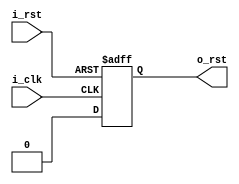
`timescale 1ns / 1ps
`default_nettype none



module async_reset(
    input  wire i_clk,      // clock
    input  wire i_rst,      // reset (active high)
    output reg  o_rst       // output reset
    );
   

    (* ASYNC_REG = "TRUE" *) reg [1:0] rst_shf;  // reset shift reg

    initial o_rst = 1'b1;       // start off with reset asserted
    initial rst_shf = 2'b11;    //  and reset shift reg populated

    always @(posedge i_clk or posedge i_rst)
    if (i_rst)
        {o_rst, rst_shf} <= 3'b111;
    else
       // {o_rst, rst_shf} <= {rst_shf, 1'b0};
        {o_rst, rst_shf} <= 3'b000;
endmodule